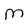
Character: M